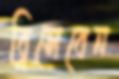
ব্রিসেবেন